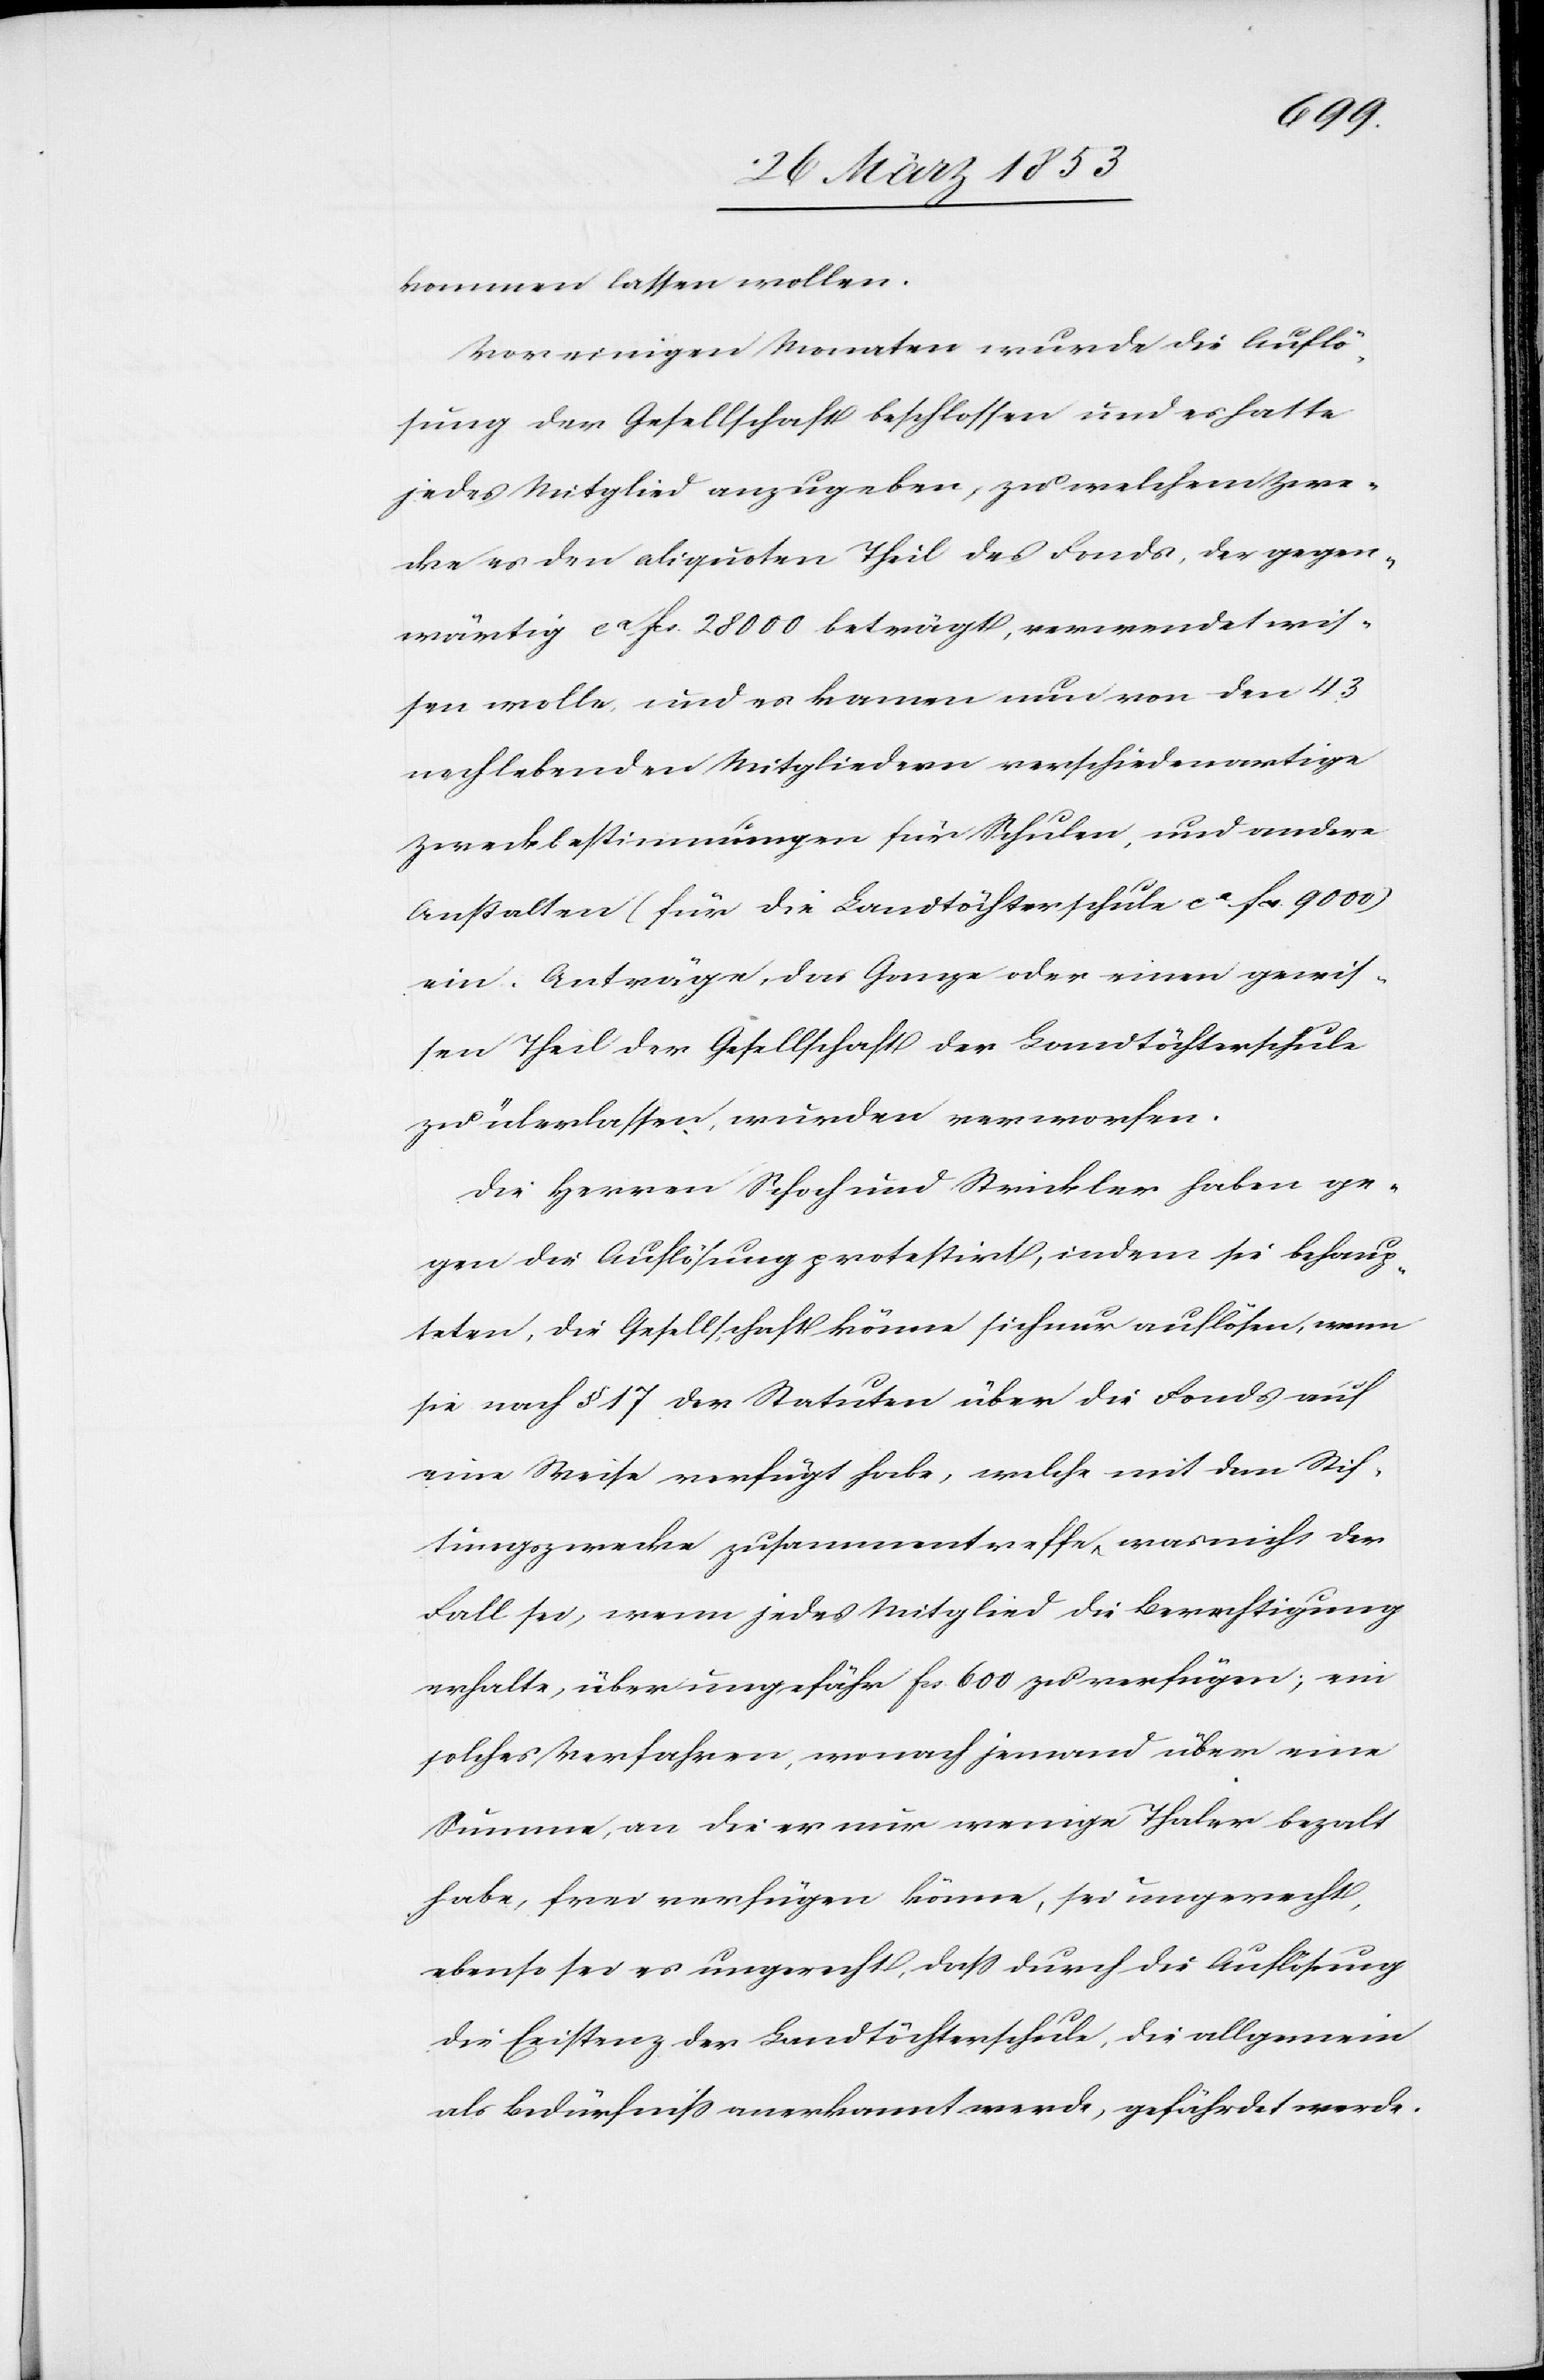
kommen lassen wollen.
Vor einigen Monaten wurde die Auflö¬
sung der Gesellschaft beschlossen und es hatte
jedes Mitglied anzugeben, zu welchem Zwe¬
cke es den aliquoten Theil des Fonds, der gegen¬
wärtig ca. fcs. 28000 beträgt, verwendet wis¬
sen wolle, und es kamen nun von den 43
noch lebenden Mitgliedern verschiedenartige
Zweckbestimmungen für Schulen, und andere
Anstalten (für die Landtöchtergesellschaft ca. fcs. 9000)
ein. Anträge, das Ganze oder einen gewis¬
sen Theil der Gesellschaft der Landtöchterschule
zu überlassen, wurden verworfen.
Die Herren Schoch und Strickler haben ge¬
gen die Auflösung protestirt, indem sie behaup¬
ten, die Gesellschaft könne sich nur auflösen, wenn
sie nach § 17 der Statuten über die Fonds auf
eine Weise verfügt habe, welche mit dem Stif¬
tungszwecke zusammentreffe, was nicht der
Fall sei, wenn jedes Mitglied die Berechtigung
erhalte, über ungefähr fcs. 600 zu verfügen; ein
solches Verfahren, wonach jemand über eine
Summe, an die er nur wenige Thaler bezalt
habe, frei verfügen könne, sei ungerecht,
ebenso sei es ungerecht, daß durch die Auflösung
die Existenz der Landtöchterschule, die allgemein
als Bedürfniß anerkannt werde, gefährdet werde.